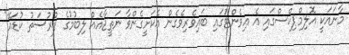
މާނައަކީ އޮލިމްޕިކްސްގައި އެ އިވެންޓުގައި ބައިވެރިވެގެން އެކަށީގެންވާ ނަތީޖާއެއް ލިބުމުގެ ފުރުސަތު ކުޑައޭ"